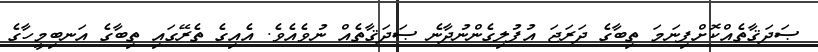
ޞަދަޤާތެއްކޮށްފިނަމަ ތިބާގެ ދަރަޖަ އުފުލިގެންނުދާނެ ޞަދަޤާތެއް ނުވެއެވެ. އެއިގެ ތެރޭގައި ތިބާގެ އަނބިމީހާގެ